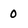
Character: 0